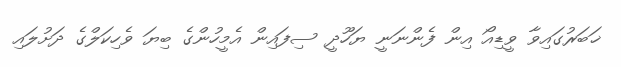
ޚަބަރުގައިވާ ވީޑިއޯ އިން ފެންނަނީ ޔަހޫދީ ސިފައިން އެމީހުންގެ ބިޔަ ވެހިކަލްގެ ދަށުލައި